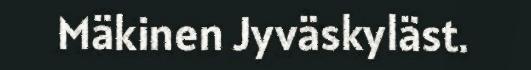
Mäkinen Jyväskyläst.